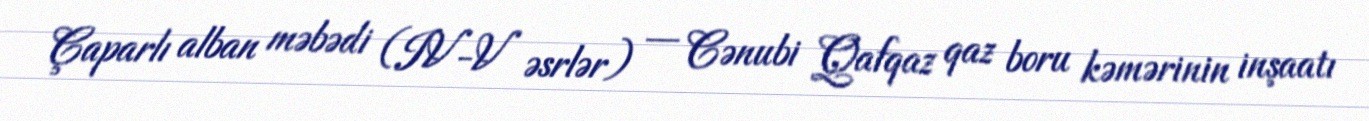
Çaparlı alban məbədi (IV-V əsrlər) — Cənubi Qafqaz qaz boru kəmərinin inşaatı